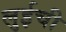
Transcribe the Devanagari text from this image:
लुईची